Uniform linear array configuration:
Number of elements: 32
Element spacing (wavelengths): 0.5
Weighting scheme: binomial
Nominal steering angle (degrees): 15
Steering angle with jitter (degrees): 14.501
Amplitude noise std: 0.05
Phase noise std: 0.05

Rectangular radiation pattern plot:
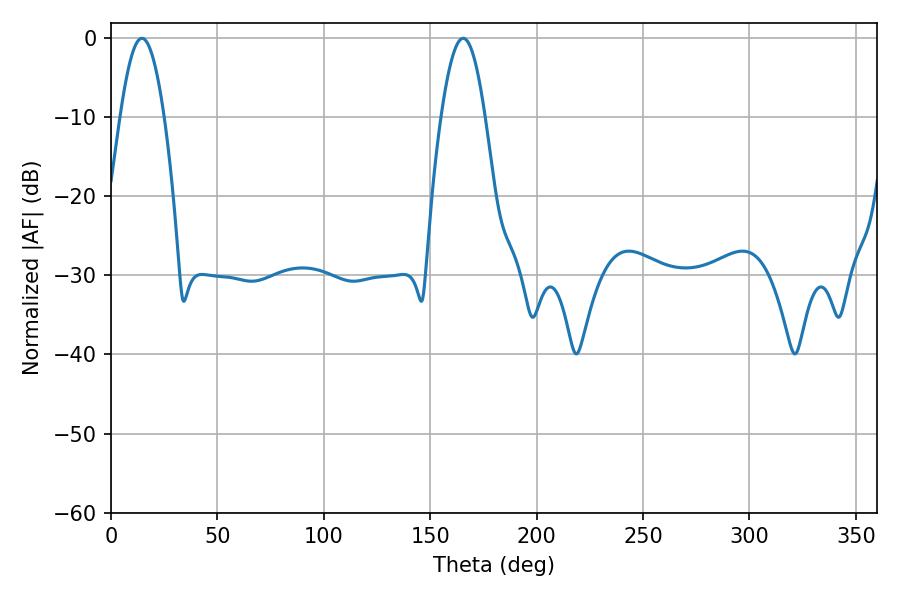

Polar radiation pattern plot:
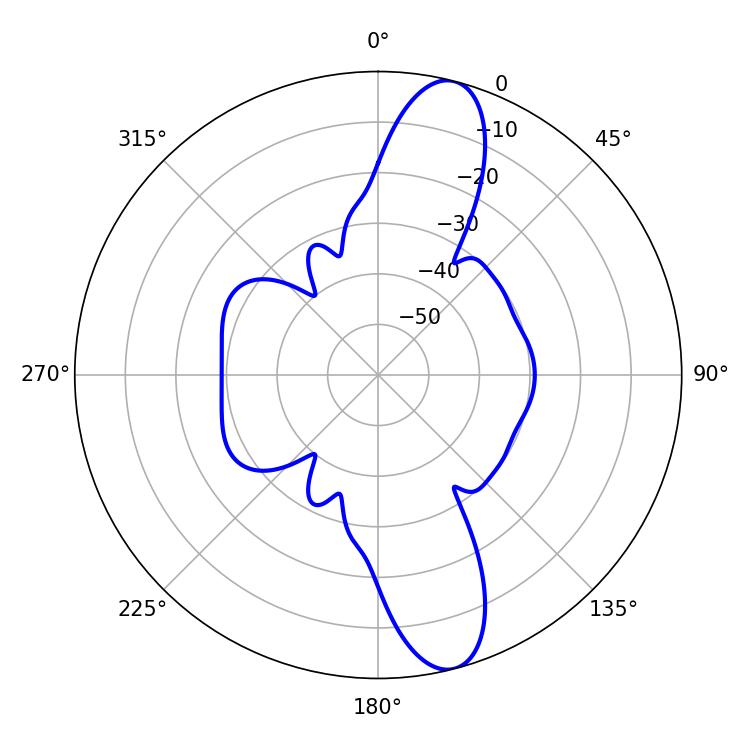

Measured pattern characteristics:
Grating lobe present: FALSE
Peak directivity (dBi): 12.788
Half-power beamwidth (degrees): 11.16
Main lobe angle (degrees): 14.58